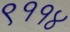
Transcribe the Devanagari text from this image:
९११४